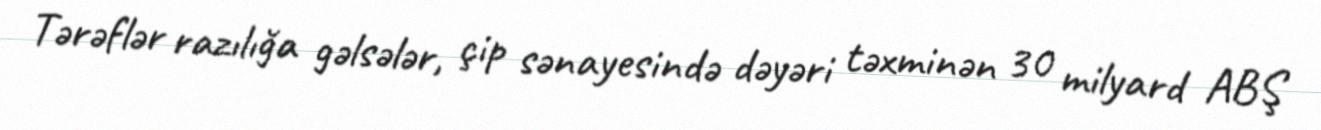
Tərəflər razılığa gəlsələr, çip sənayesində dəyəri təxminən 30 milyard ABŞ